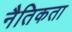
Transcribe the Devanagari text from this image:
नैतिकता